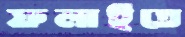
ফলাইতে